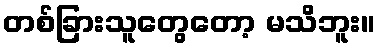
တစ်ခြားသူတွေတော့ မသိဘူး။